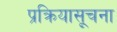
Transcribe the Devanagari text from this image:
प्रक्रियासूचना